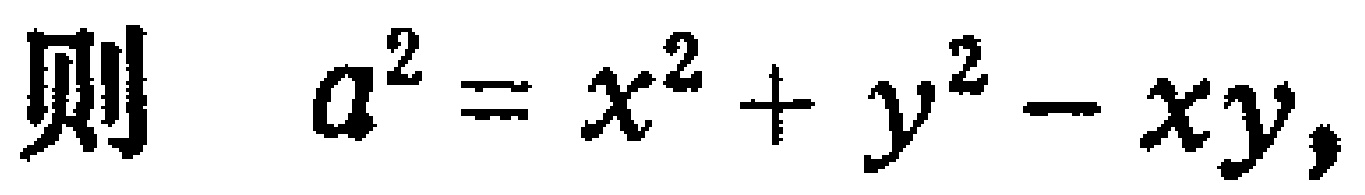
则 \(a^{2}=x^{2}+y^{2}-xy,\)